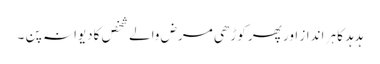
ہدہد کا ہر انداز اور پھر کوڑھی مرض والے شخص کادیوانہ پن ۔